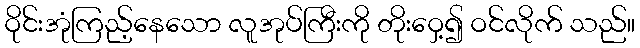
ဝိုင်းအုံကြည့်နေသော လူအုပ်ကြီးကို တိုးဝှေ့၍ ဝင်လိုက် သည်။